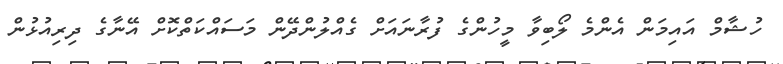
ހުޝާމް އައިމަން އެންމެ ލޯބިވާ މީހުންގެ ފުރާނައަށް ގެއްލުންދޭން މަސައްކަތްކޮށް އޭނާގެ ދިރިއުޅުން